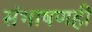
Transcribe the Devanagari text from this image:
संभाषणही